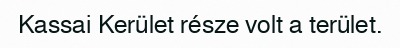
Kassai Kerület része volt a terület.